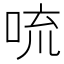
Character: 𪠻